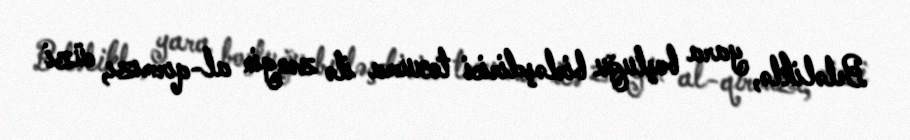
Beləliklə, yara boşluğu birləşdirici toxuma ilə zəngin al-qırmızı, cüzi